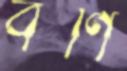
বর্ণি